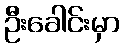
ဦးခေါင်းမှာ